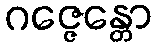
ဂဇ္ဇေန္တော